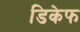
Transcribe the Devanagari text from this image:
डिकेफ